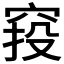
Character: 𥦆